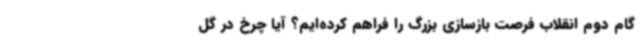
گام دوم انقلاب فرصت بازسازی بزرگ را فراهم کرده‌ایم؟ آیا چرخ در گل